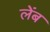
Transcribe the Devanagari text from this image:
लेंब